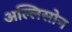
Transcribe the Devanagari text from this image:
अल्लिसोन